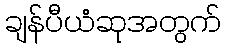
ချန်ပီယံဆုအတွက်